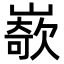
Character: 𡼭